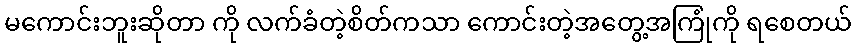
မကောင်းဘူးဆိုတာ ကို လက်ခံတဲ့စိတ်ကသာ ကောင်းတဲ့အတွေ့အကြုံကို ရစေတယ်